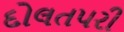
દોલતપરી